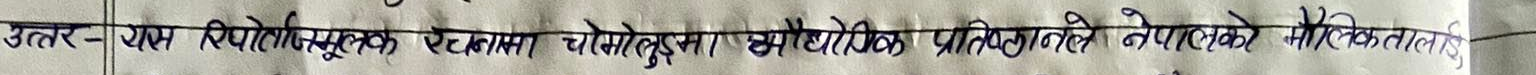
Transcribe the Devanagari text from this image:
उत्तर- यस रिपोर्टमा चोमोदुमा सैद्धांतिक प्रतिष्ठानले नेपालको मौलिकतालाई